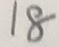
1 8